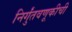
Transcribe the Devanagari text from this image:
निर्गुंतवणूकीची